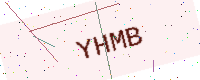
Text: YHMB